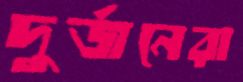
দুর্জনেরা